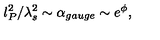
l _ { P } ^ { 2 } / \lambda _ { s } ^ { 2 } \sim \alpha _ { g a u g e } \sim e ^ { \phi } ,